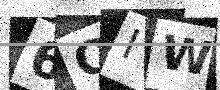
Text: 6QIW